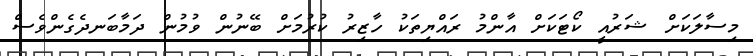
މިސާލަކަށް ޝަރުއީ ކޯޓަކަށް އާންމު ރައްޔިތަކު ހާޒިރު ކުރުމަށް ބޭނުން ވުމުން ދަމާބަނދެގެންވެސް